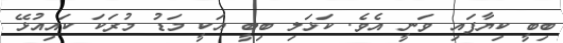
ބިބީ ކިޔާފައި ވަނީ އެވެ. ކަޅަލި ބިބީ އަކީ މަޑު މުރަކަ ކައިއުޅޭ